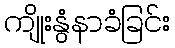
ကျိုးနွံနာခံခြင်း